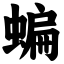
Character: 蝙